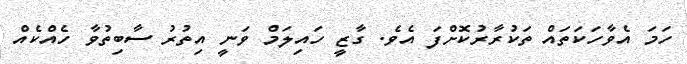
ހަމަ އެވާހަކަތައް ތަކުރާރުކޮށްފަ އެވެ. ގާޒީ ހައިލަމް ވަނީ އިތުރު ސާބިތުވާ ހެއްކެއް